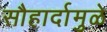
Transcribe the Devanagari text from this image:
सौहार्दामुळे